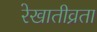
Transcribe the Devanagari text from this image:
रेखातीव्रता